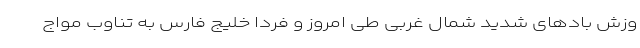
وزش بادهای شدید شمال غربی طی امروز و فردا خلیج فارس به تناوب مواج